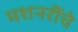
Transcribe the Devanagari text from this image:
मशनरींचे